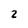
Character: 2